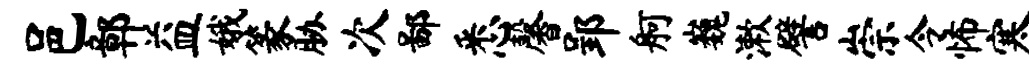
邑鄣益娥篆胁次鄙悉馨郢舸巍漱譬崇令怖寒